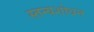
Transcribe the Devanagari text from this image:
स्तन्यशोधन